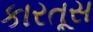
કારતૂસ